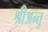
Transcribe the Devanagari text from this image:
श्रीअन्तु